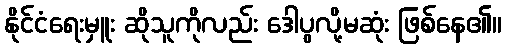
နိုင်ငံရေးမှူး ဆိုသူကိုလည်း ဒေါပွလို့မဆုံး ဖြစ်နေ၏။